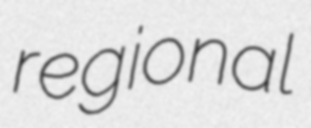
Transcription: regional